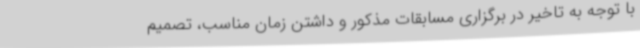
با توجه به تاخیر در برگزاری مسابقات مذکور و داشتن زمان مناسب، تصمیم